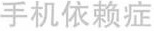
手机依赖症